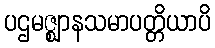
ပဌမဇ္ဈာနသမာပတ္တိယာပိ